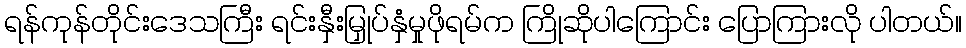
ရန်ကုန်တိုင်းဒေသကြီး ရင်းနှီးမြှုပ်နှံမှုဖိုရမ်က ကြိုဆိုပါကြောင်း ပြောကြားလို ပါတယ်။